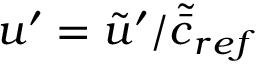
u ^ { \prime } = \tilde { u } ^ { \prime } / \tilde { \bar { c } } _ { r e f }